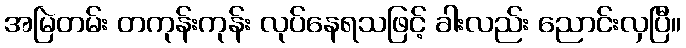
အမြဲတမ်း တကုန်းကုန်း လုပ်နေရသဖြင့် ခါးလည်း ညောင်းလှပြီ။